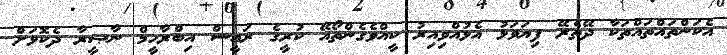
އެކަންތައްތައްތަކާ ދޭތެރޭ ފިޔަވަޅު އެޅުއްވިއިރު ކީއްވެގެންތޯއޭ ކުރީގެ ރައީސް އިބްރާހީމް ނާޞީރާ ދެކޮޅަށް